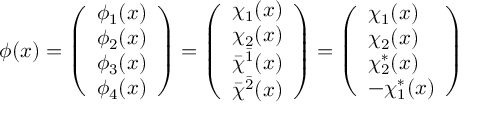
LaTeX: \phi ( x ) = \left( \begin{array} { l } { { \phi _ { 1 } ( x ) } } \\ { { \phi _ { 2 } ( x ) } } \\ { { \phi _ { 3 } ( x ) } } \\ { { \phi _ { 4 } ( x ) } } \end{array} \right) = \left( \begin{array} { l } { { \chi _ { 1 } ( x ) } } \\ { { \chi _ { 2 } ( x ) } } \\ { { \bar { \chi } ^ { \bar { 1 } } ( x ) } } \\ { { \bar { \chi } ^ { \bar { 2 } } ( x ) } } \end{array} \right) = \left( \begin{array} { l } { { \chi _ { 1 } ( x ) } } \\ { { \chi _ { 2 } ( x ) } } \\ { { \chi _ { 2 } ^ { * } ( x ) } } \\ { { - \chi _ { 1 } ^ { * } ( x ) } } \end{array} \right)